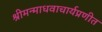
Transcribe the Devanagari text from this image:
श्रीमन्माधवाचार्यप्रणीत